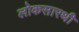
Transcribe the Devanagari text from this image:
लोकसारथी